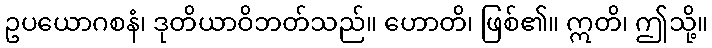
ဥပယောဂစနံ၊ ဒုတိယာဝိဘတ်သည်။ ဟောတိ၊ ဖြစ်၏။ ဣတိ၊ ဤသို့။